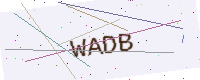
Text: WADB